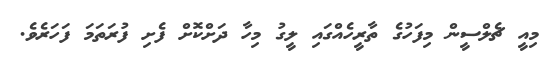
މިއީ ޗެލްސީން މިފަހުގެ ތާރީހެއްގައި ލީގު މިހާ ދަށްކޮށް ފެށި ފުރަތަމަ ފަހަރެވެ.